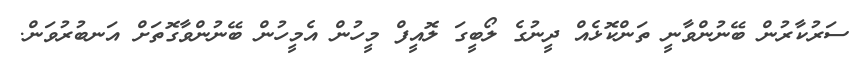
ސަރުކާރުން ބޭނުންވާނީ ތަންކޮޅެއް ދީނުގެ ލޯބީގަ ލޮއީފް މީހުން އެމީހުން ބޭނުންވާގޮތަށް އަނބުރުވަން.